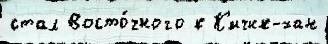
стал Восто́чного к К'ичик-хан